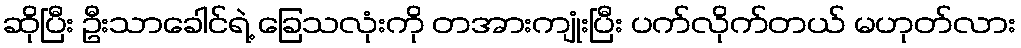
ဆိုပြီး ဦးသာခေါင်ရဲ့ ခြေသလုံးကို တအားကျုံးပြီး ပက်လိုက်တယ် မဟုတ်လား